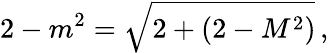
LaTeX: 2-m^{2}={\sqrt{2+(2-M^{2})}}\, ,